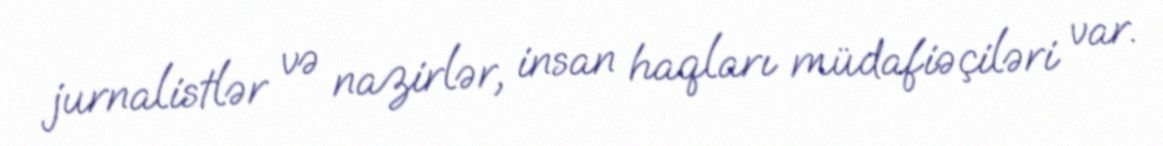
jurnalistlər və nazirlər, insan haqları müdafiəçiləri var.